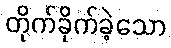
တိုက်ခိုက်ခဲ့သော